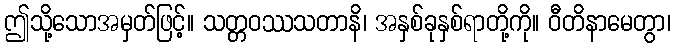
ဤသို့သောအမှတ်ဖြင့်။ သတ္တဝဿသတာနိ၊ အနှစ်ခုနှစ်ရာတို့ကို။ ဝီတိနာမေတွာ၊